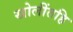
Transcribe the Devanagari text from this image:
खोलींतहि